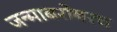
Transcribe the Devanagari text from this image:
जन्माबरोबरच